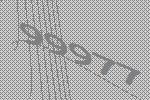
99977